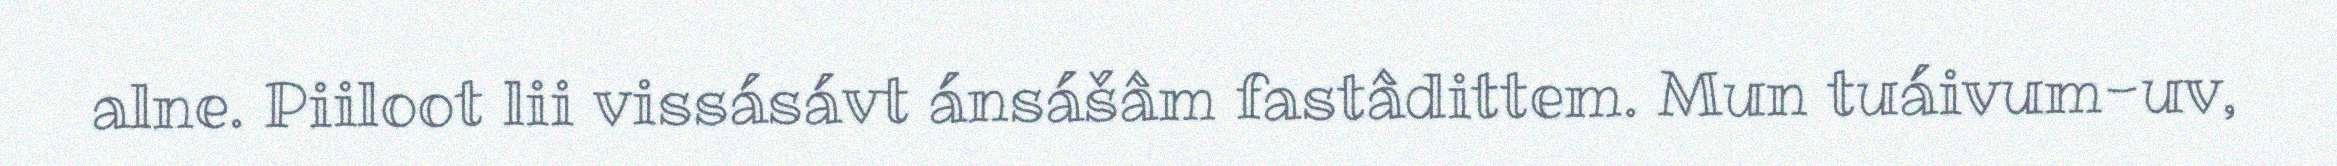
alne. Piiloot lii vissásávt ánsášâm fastâdittem. Mun tuáivum-uv,